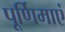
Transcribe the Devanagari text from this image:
पूर्णिमाएं